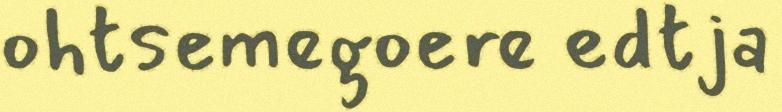
ohtsemegoere edtja